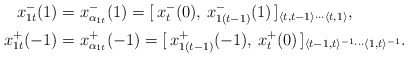
\begin{align*}x_{1t}^-(1)&= x_{\alpha_{1t}}^-(1)=[\,x_t^-(0),\, x_{1(t-1)}^-(1)\,]_{\langle t, t-1\rangle\cdots \langle t, 1\rangle},\\x_{1t}^+(-1)&= x_{\alpha_{1t}}^+(-1)=[\,x_{1(t-1)}^+(-1),\, x_{t}^+(0)\,]_{\langle t-1, t\rangle^{-1}\cdots \langle 1, t\rangle^{-1}}.\end{align*}